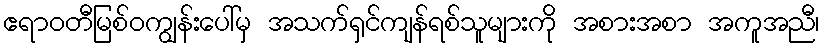
ဧရာဝတီမြစ်ဝကျွန်းပေါ်မှ အသက်ရှင်ကျန်ရစ်သူများကို အစားအစာ အကူအညီ၊